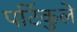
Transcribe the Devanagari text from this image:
पर्टिकुले